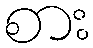
စား